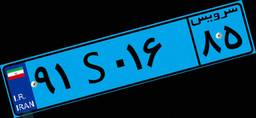
۹۱S۰۱۶۸۵